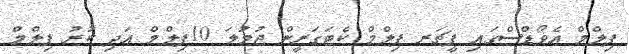
ފިލްމް އެވޯޑްސްގައި ފީޗަރ ފިލްމް ކެޓަގަރީން ޖުމުލަ 10ފިލްމް އަދި ކުރު ފިލްމް